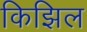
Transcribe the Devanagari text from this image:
किझिल